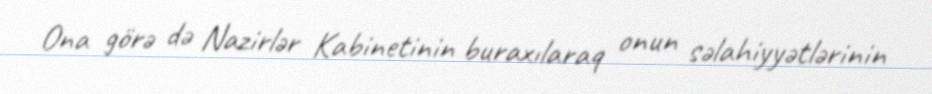
Ona görə də Nazirlər Kabinetinin buraxılaraq onun səlahiyyətlərinin